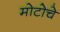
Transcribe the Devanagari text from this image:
मोटोचे